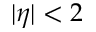
| \eta | < 2